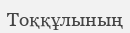
Тоққұлының